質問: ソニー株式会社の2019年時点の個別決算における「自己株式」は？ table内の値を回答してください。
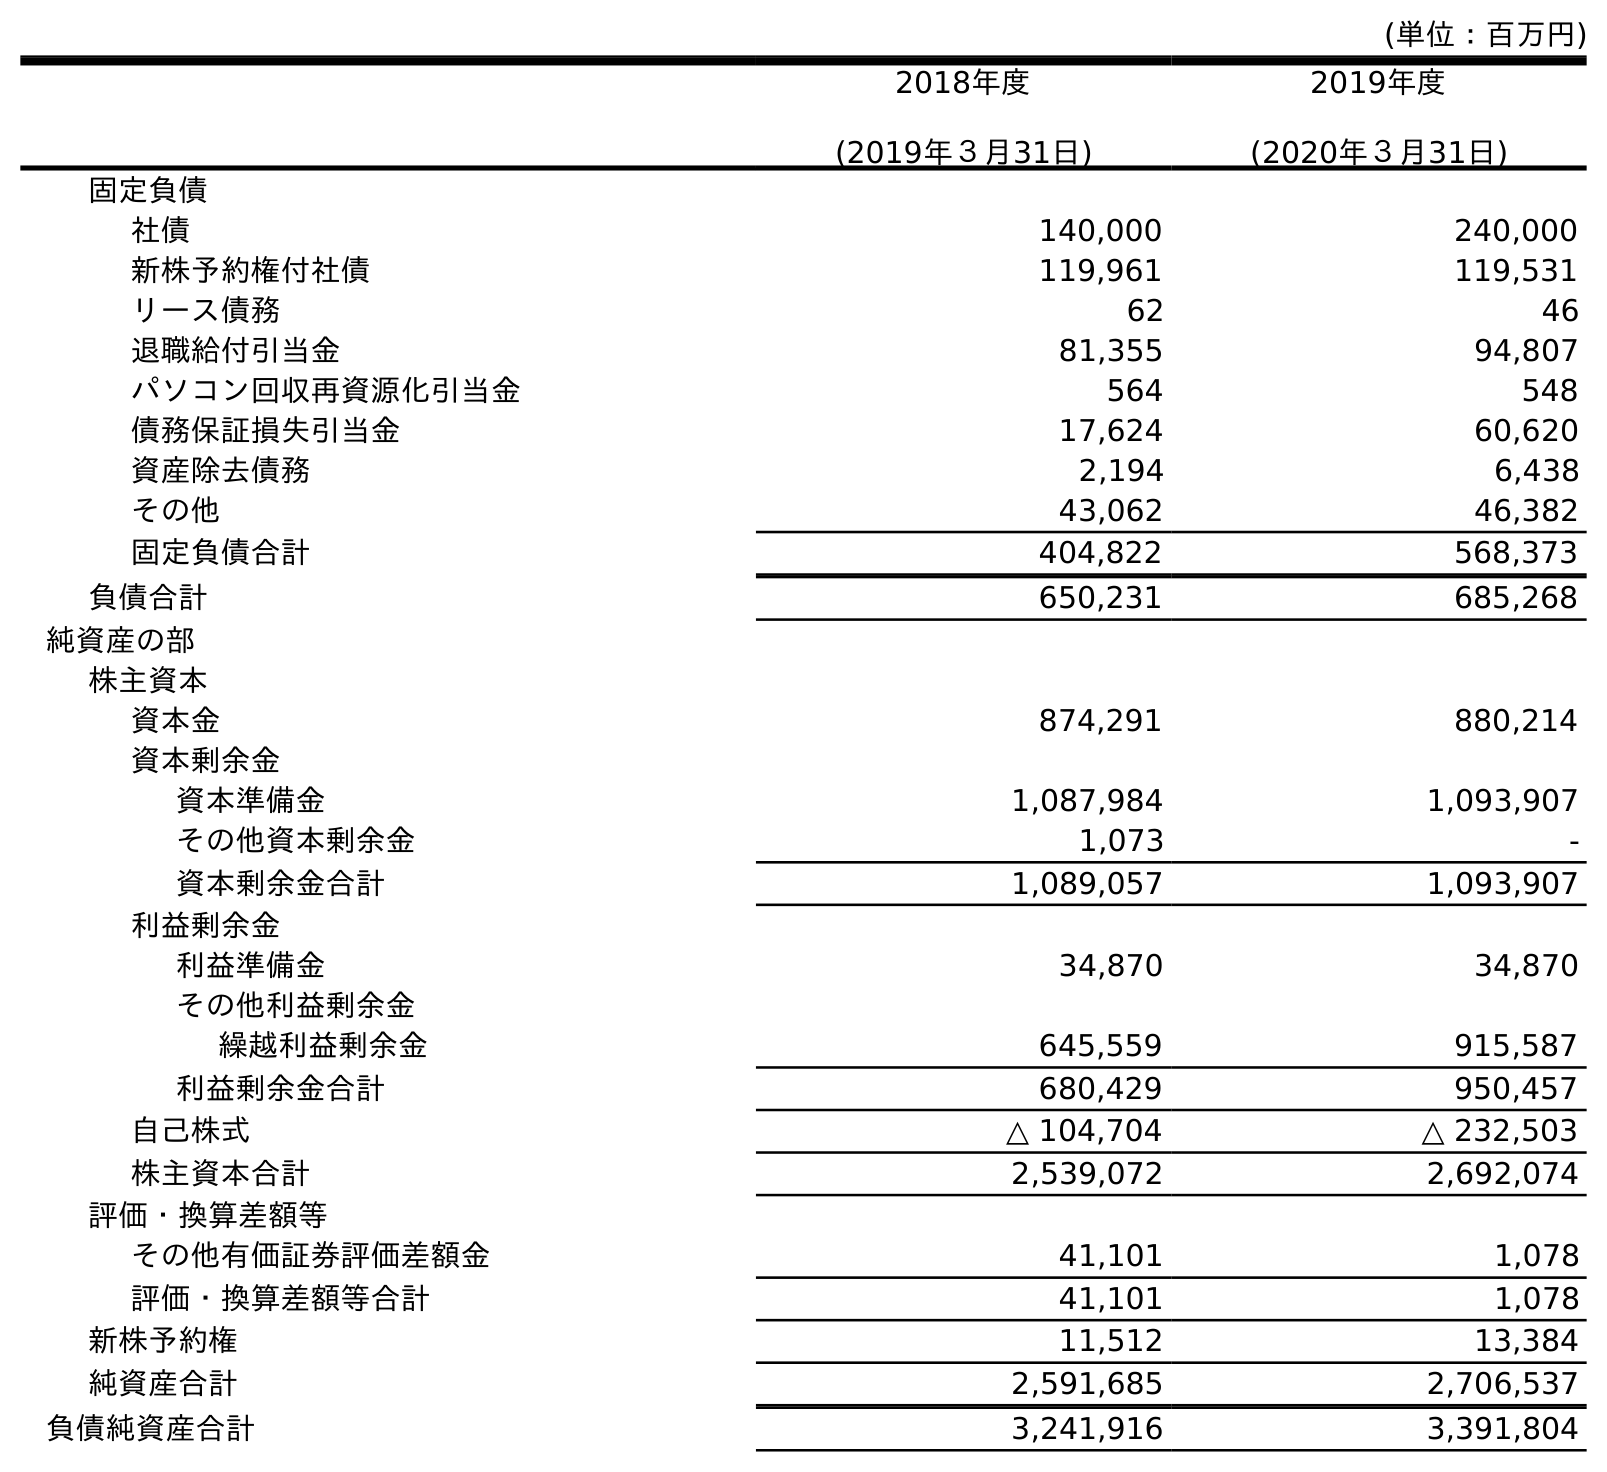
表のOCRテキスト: (単位：百万円) 2018年度 (2019年３月31日) 2019年度 (2020年３月31日) 固定負債 社債 140,000 240,000 新株予約権付社債 119,961 119,531 リース債務 62 46 退職給付引当金 81,355 94,807 パソコン回収再資源化引当金 564 548 債務保証損失引当金 17,624 60,620 資産除去債務 2,194 6,438 その他 43,062 46,382 固定負債合計 404,822 568,373 負債合計 650,231 685,268 純資産の部 株主資本 資本金 874,291 880,214 資本剰余金 資本準備金 1,087,984 1,093,907 その他資本剰余金 1,073 - 資本剰余金合計 1,089,057 1,093,907 利益剰余金 利益準備金 34,870 34,870 その他利益剰余金 繰越利益剰余金 645,559 915,587 利益剰余金合計 680,429 950,457 自己株式 △ 104,704 △ 232,503 株主資本合計 2,539,072 2,692,074 評価・換算差額等 その他有価証券評価差額金 41,101 1,078 評価・換算差額等合計 41,101 1,078 新株予約権 11,512 13,384 純資産合計 2,591,685 2,706,537 負債純資産合計 3,241,916 3,391,804
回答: △104,704